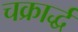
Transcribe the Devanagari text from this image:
चक्रार्द्ध